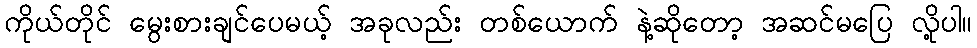
ကိုယ်တိုင် မွေးစားချင်ပေမယ့် အခုလည်း တစ်ယောက် နဲ့ဆိုတော့ အဆင်မပြေ လို့ပါ။